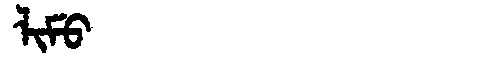
Manchu: ᠯᡳᠮᡠ
Romanization: LIMU